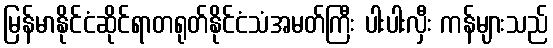
မြန်မာနိုင်ငံဆိုင်ရာတရုတ်နိုင်ငံသံအမတ်ကြီး ပါးပါးလှီး ကန်များသည်